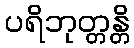
ပရိဘုတ္တန္တိ